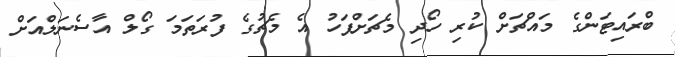
ބްރައިޓަންގެ މައްޗަށް ކުރި ހޯދި މެޗަށްފަހު އެ މެޗުގެ ފުރަތަމަ ގޯލް އާސެނަލްއަށް